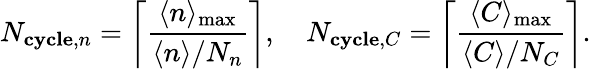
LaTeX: N_{\mathbf{cycle},n}=\left\lceil\frac{\langle n\rangle_{\mathrm{max}}}{\langle n\rangle/N_{n}}\right\rceil,\quad N_{\mathbf{cycle},C}=\left\lceil\frac{\langle C\rangle_{\mathrm{max}}}{\langle C\rangle/N_{C}}\right\rceil.